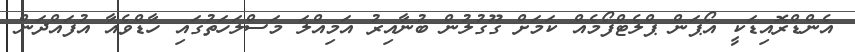
އެންޑްރޮއިޑަކީ އޯޕަން ޕްލެޓްފޯމެއް ކަމަށް ގޫގުލުން ބުނާއިރު އަމިއްލަ މަސްލަހަތުގައި ހާޑްވެއާ އުފައްދަން